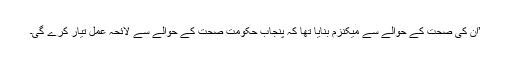
’ان کی صحت کے حوالے سے میکنزم بنایا تھا کہ پنجاب حکومت صحت کے حوالے سے لائحہ عمل تیار کرے گی۔